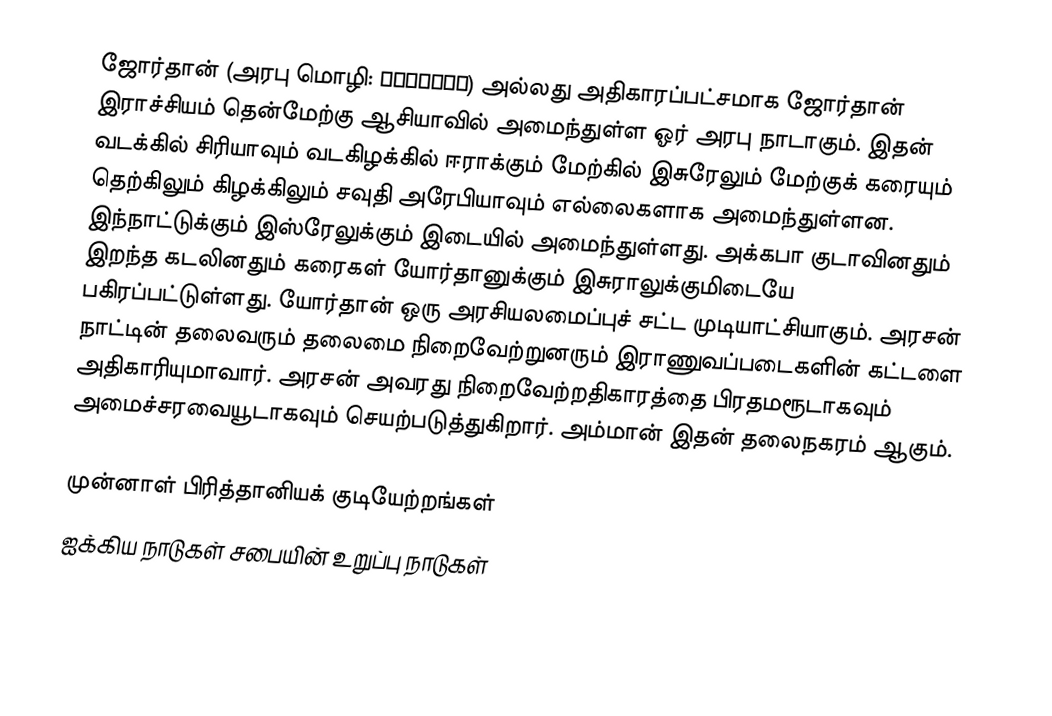
ஜோர்தான் (அரபு மொழி: الأردنّ) அல்லது அதிகாரப்பட்சமாக ஜோர்தான் இராச்சியம் தென்மேற்கு ஆசியாவில் அமைந்துள்ள ஓர் அரபு நாடாகும். இதன் வடக்கில் சிரியாவும் வடகிழக்கில் ஈராக்கும் மேற்கில் இசுரேலும் மேற்குக் கரையும் தெற்கிலும் கிழக்கிலும் சவுதி அரேபியாவும் எல்லைகளாக அமைந்துள்ளன. இந்நாட்டுக்கும் இஸ்ரேலுக்கும் இடையில் அமைந்துள்ளது. அக்கபா குடாவினதும் இறந்த கடலினதும் கரைகள் யோர்தானுக்கும் இசுராலுக்குமிடையே பகிரப்பட்டுள்ளது. யோர்தான் ஒரு அரசியலமைப்புச் சட்ட முடியாட்சியாகும். அரசன் நாட்டின் தலைவரும் தலைமை நிறைவேற்றுனரும் இராணுவப்படைகளின் கட்டளை அதிகாரியுமாவார். அரசன் அவரது நிறைவேற்றதிகாரத்தை பிரதமரூடாகவும் அமைச்சரவையூடாகவும் செயற்படுத்துகிறார். அம்மான் இதன் தலைநகரம் ஆகும்.

முன்னாள் பிரித்தானியக் குடியேற்றங்கள்
ஐக்கிய நாடுகள் சபையின் உறுப்பு நாடுகள்